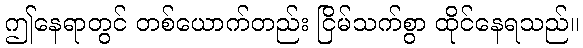
ဤနေရာတွင် တစ်ယောက်တည်း ငြိမ်သက်စွာ ထိုင်နေရသည်။